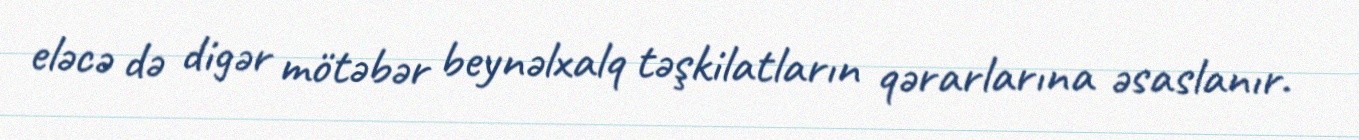
eləcə də digər mötəbər beynəlxalq təşkilatların qərarlarına əsaslanır.